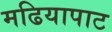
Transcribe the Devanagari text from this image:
मढियापाट